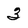
Character: 3